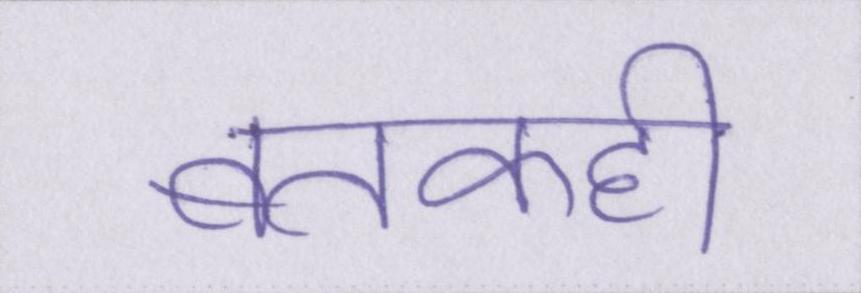
बतकही